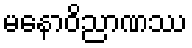
မနောဝိညာဏဿ